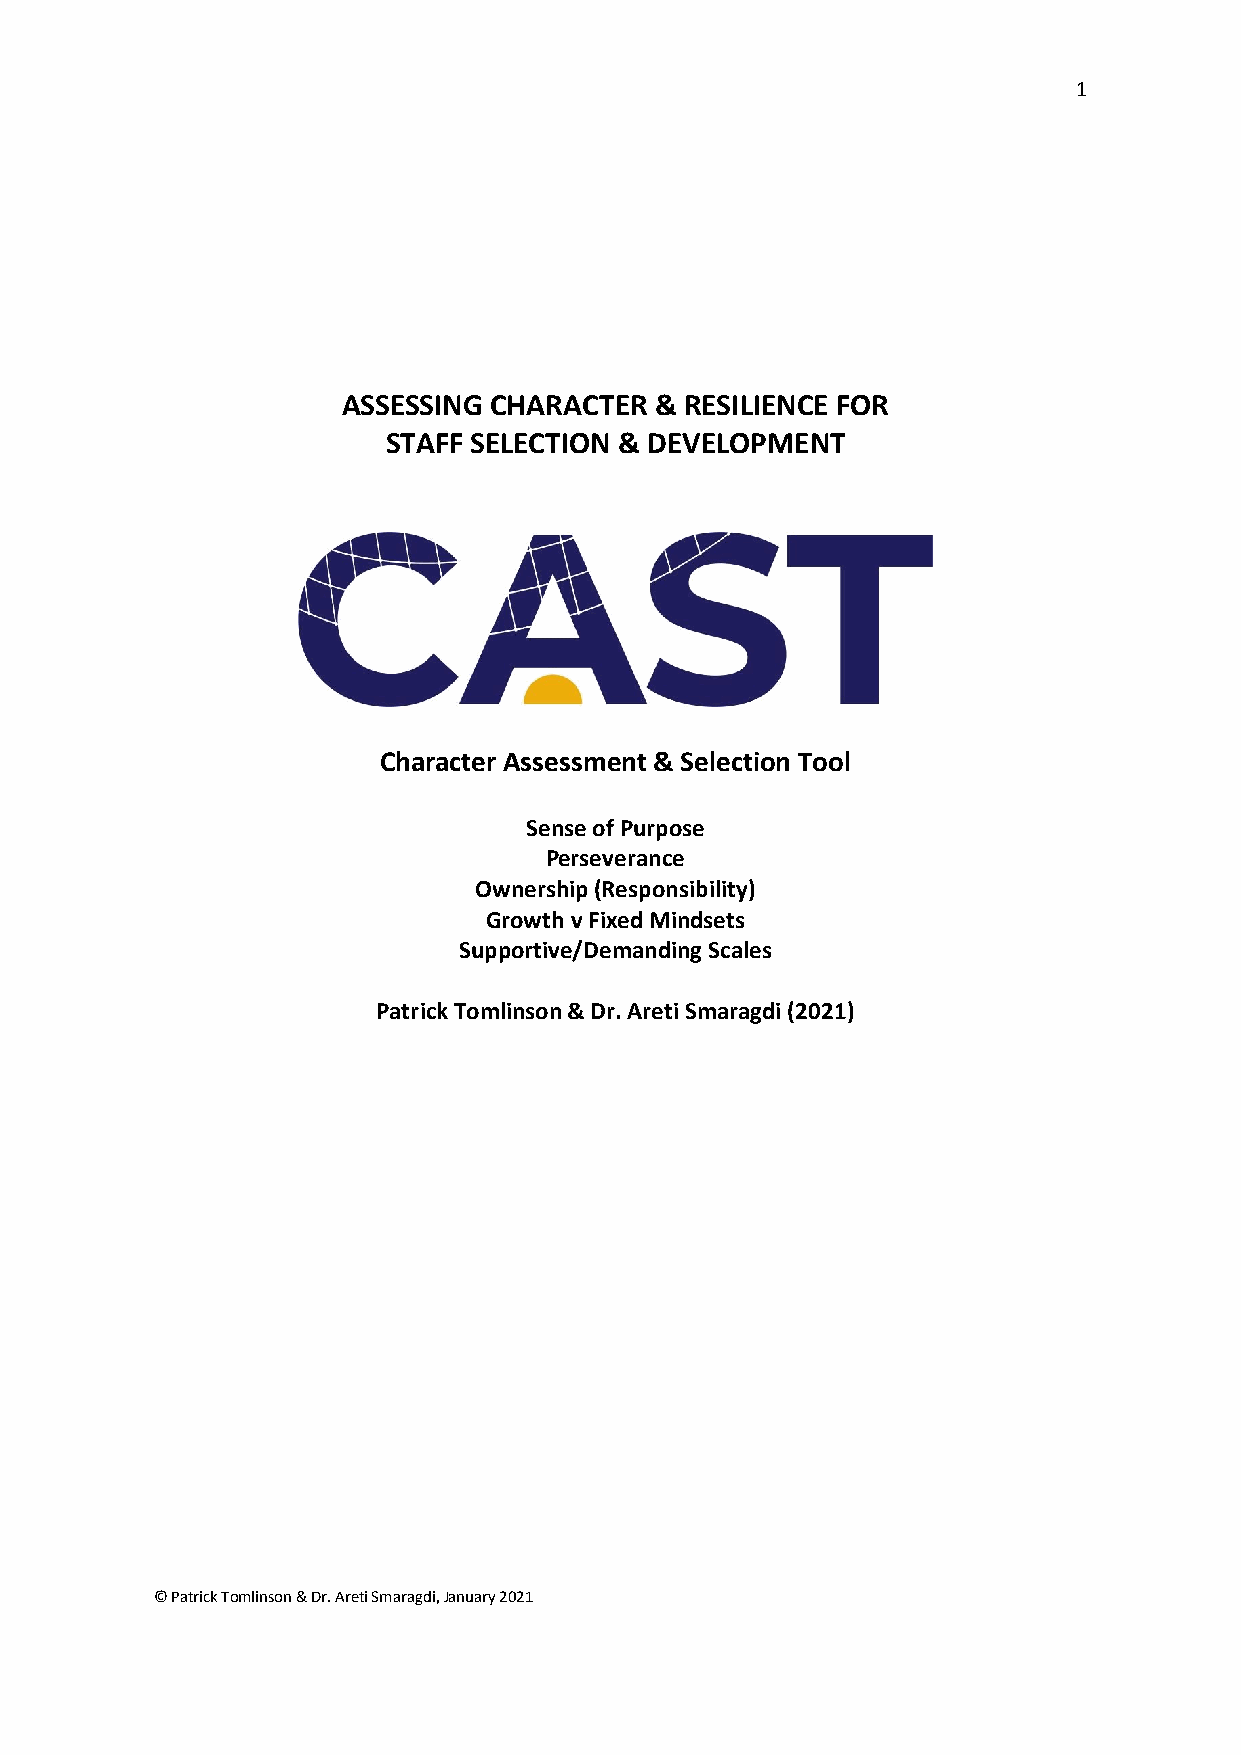
1
 ASSESSING CHARACTER & RESILIENCE FOR
 STAFF SELECTION & DEVELOPMENT
 Character Assessment & Selection Tool
 Sense of Purpose
 Perseverance
 Ownership (Responsibility)
 Growth v Fixed Mindsets
 Supportive/Demanding Scales
 Patrick Tomlinson & Dr. Areti Smaragdi (2021)
 © Patrick Tomlinson & Dr. Areti Smaragdi, January 2021